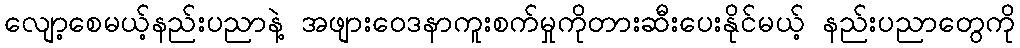
လျော့စေမယ့်နည်းပညာနဲ့ အဖျားဝေဒနာကူးစက်မှုကိုတားဆီးပေးနိုင်မယ့် နည်းပညာတွေကို